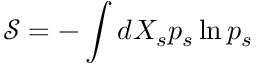
\mathcal { S } = - \int d X _ { s } p _ { s } \ln p _ { s }